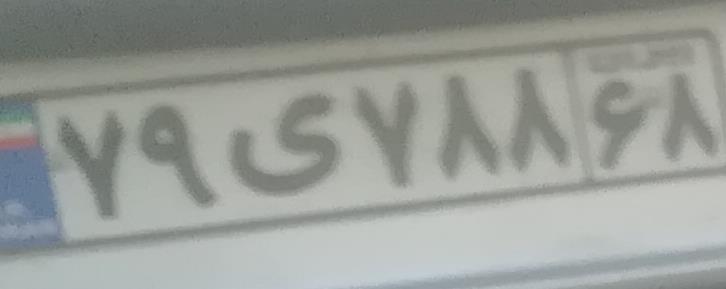
۷۹ی۷۷۸۶۸